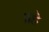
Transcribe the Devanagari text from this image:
॥हे